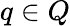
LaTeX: q\in Q